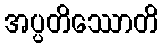
အပ္ပတိဿောတိ